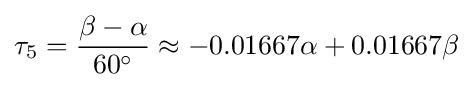
\tau _{5}={\frac {\beta -\alpha }{60^{\circ }}}\approx -0.01667\alpha +0.01667\beta